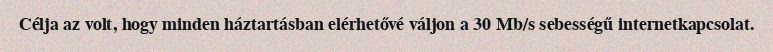
Célja az volt, hogy minden háztartásban elérhetővé váljon a 30 Mb/s sebességű internetkapcsolat.